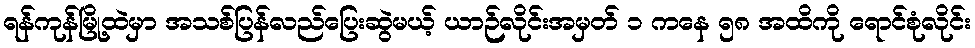
ရန်ကုန်မြို့ထဲမှာ အသစ်ပြန်လည်ပြေးဆွဲမယ့် ယာဉ်လိုင်းအမှတ် ၁ ကနေ ၅၈ အထိကို ရောင်စုံလိုင်း